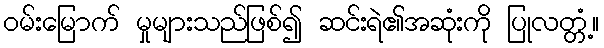
ဝမ်းမြောက် မှုများသည်ဖြစ်၍ ဆင်းရဲ၏အဆုံးကို ပြုလတ္တံ့။